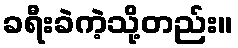
ခရီးခဲကဲ့သို့တည်း။